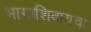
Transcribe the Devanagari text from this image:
भागाशिवायचा